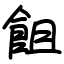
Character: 飷